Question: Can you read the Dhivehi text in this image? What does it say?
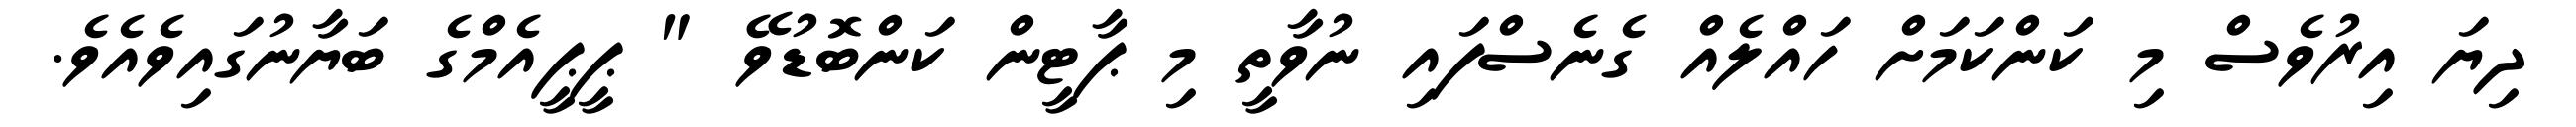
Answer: ދިޔަ އިރުވެސް މި ކަންކަމަށް ހައްލެއް ގެނެސްފައި ނުވާތީ މި ޕާޓީން ކަންބޮޑުވޭ " ޕީޕީއެމްގެ ބަޔާނުގައިވެއެވެ.